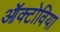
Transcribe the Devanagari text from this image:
ऑक्टोविया